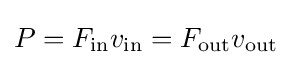
P=F_{\text{in}}v_{\text{in}}=F_{\text{out}}v_{\text{out}}